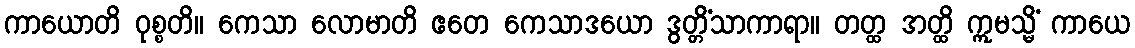
ကာယောတိ ဝုစ္စတိ။ ကေသာ လောမာတိ ဧတေ ကေသာဒယော ဒွတ္တိံသာကာရာ။ တတ္ထ အတ္ထိ ဣမသ္မိံ ကာယေ